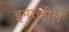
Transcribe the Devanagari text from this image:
इनरव्हील